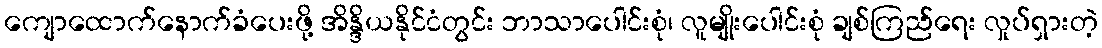
ကျောထောက်နောက်ခံပေးဖို့ အိန္ဒိယနိုင်ငံတွင်း ဘာသာပေါင်းစုံ၊ လူမျိုးပေါင်းစုံ ချစ်ကြည်ရေး လှုပ်ရှားတဲ့